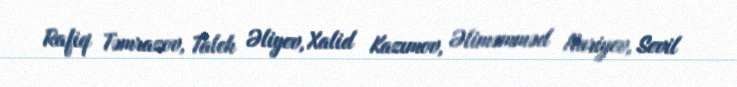
Rafiq Təmrazov, Taleh Əliyev, Xalid Kazımov, Əliməmməd Nuriyev, Sevil